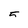
Character: 5